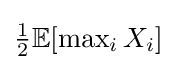
{\textstyle {\tfrac {1}{2}}\mathbb {E} [\max _{i}X_{i}]}